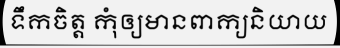
ទឹកចិត្ត កុំឲ្យមានពាក្យនិយាយ